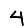
Digit: 4